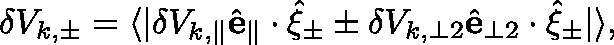
\begin{array} { r } { \delta V _ { k , \pm } = \langle | \delta V _ { k , \parallel } \hat { \mathbf { e } } _ { \parallel } \cdot \hat { \mathbf { \xi } } _ { \pm } \pm \delta V _ { k , \perp 2 } \hat { \mathbf { e } } _ { \perp 2 } \cdot \hat { \mathbf { \xi } } _ { \pm } | \rangle , } \end{array}